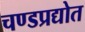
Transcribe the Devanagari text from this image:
चण्डप्रद्योत